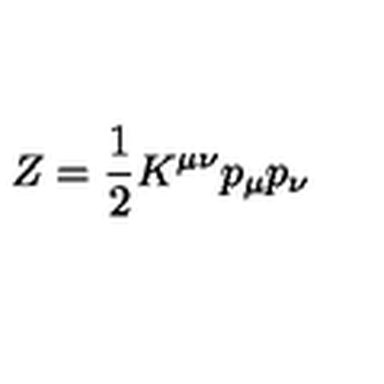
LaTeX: Z = { \frac { 1 } { 2 } } K ^ { \mu \nu } p _ { \mu } p _ { \nu }